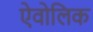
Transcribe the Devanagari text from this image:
ऐवोलिक